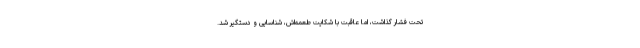
تحت فشار گذاشت، اما عاقبت با شکایت طعمه‌اش، شناسایی و دستگیر شد.